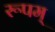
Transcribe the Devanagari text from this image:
रूपम्‌